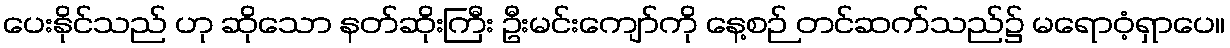
ပေးနိုင်သည် ဟု ဆိုသော နတ်ဆိုးကြီး ဦးမင်းကျော်ကို နေ့စဉ် တင်ဆက်သည်၌ မရောဝံ့ရှာပေ။